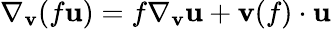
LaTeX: \nabla_{\mathbf{v}}(f\mathbf{u})=f\nabla_{\mathbf{v}}\mathbf{u}+\mathbf{v}(f)\cdot\mathbf{u}